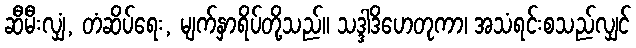
ဆီမီးလျှံ, တံဆိပ်ရေး, မျက်နှာရိပ်တို့သည်။ သဒ္ဒါဒိဟေတုကာ၊ အသံရင်းစသည်လျှင်